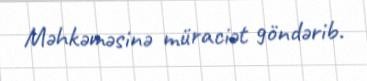
Məhkəməsinə müraciət göndərib.